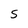
Character: S